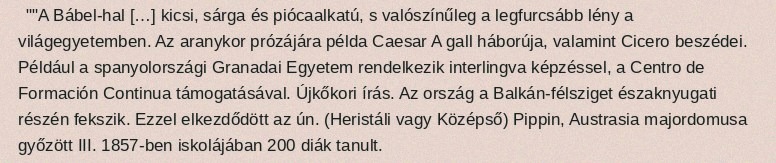
""A Bábel-hal […] kicsi, sárga és piócaalkatú, s valószínűleg a legfurcsább lény a világegyetemben. Az aranykor prózájára példa Caesar A gall háborúja, valamint Cicero beszédei. Például a spanyolországi Granadai Egyetem rendelkezik interlingva képzéssel, a Centro de Formación Continua támogatásával. Újkőkori írás. Az ország a Balkán-félsziget északnyugati részén fekszik. Ezzel elkezdődött az ún. (Heristáli vagy Középső) Pippin, Austrasia majordomusa győzött III. 1857-ben iskolájában 200 diák tanult.